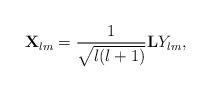
LaTeX: \begin{align*}{\bf X}_{lm}={1\over\sqrt{l(l+1)}}{\bf L}Y_{lm},\end{align*}